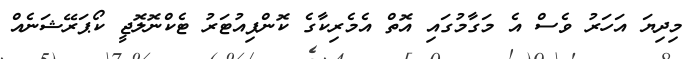
މިދިޔަ އަހަރު ވެސް އެ މަގާމުގައި އޮތް އެމެރިކާގެ ކޮންޕިއުޓަރު ޓެކްނޮލޮޖީ ކޯޕަރޭޝަނެއް